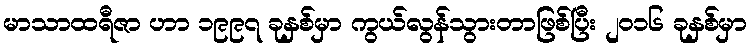
မာသာထရီဇာ ဟာ ၁၉၉၇ ခုနှစ်မှာ ကွယ်လွန်သွားတာဖြစ်ပြီး ၂၀၁၆ ခုနှစ်မှာ